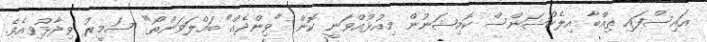
އައިސްފައި ތިއްބާ އިލެކްޝަންސް ކޮމިޝަނުން މިއުޅުއްވަނީ ކޮން "ވިންދެއް" ބައްލަވަންތޯ" ސަމީރު ވިދާޅުވިއެވެ.